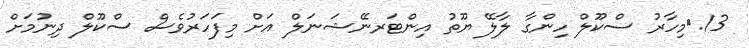
13.	މިހާރު ސްކޫލް ހިންގާ ލާލޭ ޔޫތު އިންޓަރނޭޝަނަލް އަށް މިފަހަރުވެސް ސްކޫލް ދިނުމަށް